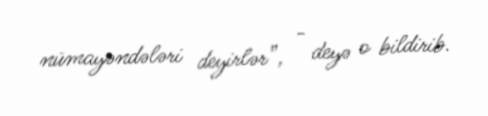
nümayəndələri deyirlər”, - deyə o bildirib.